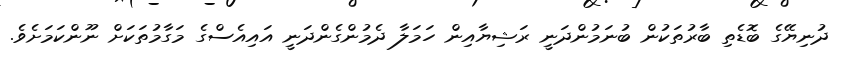
ދުނިޔޭގެ ބޮޑެތި ބާރުތަކުން ބުނަމުންދަނީ ރަޝިޔާއިން ހަމަލާ ދެމުންގެންދަނީ އައިއެސްގެ މަގާމުތަކަށް ނޫންކަމަށެވެ.